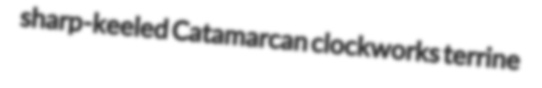
sharp-keeled Catamarcan clockworks terrine